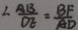
\angle \frac { A B } { O E } = \frac { B F } { A D }